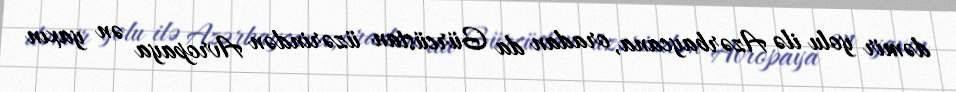
dəmir yolu ilə Azərbaycana, oradan da Gürcüstan üzərindən Avropaya ən yaxın